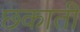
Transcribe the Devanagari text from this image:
छकाती